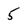
Character: 5